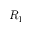
R _ { 1 }